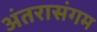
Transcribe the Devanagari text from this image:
अंतरासंगम